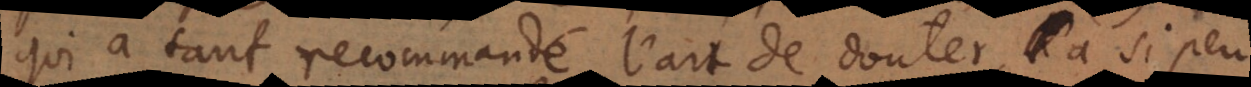
qui a tant recommandé l’art de douter, a si peu